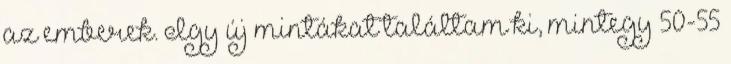
az emberek. Így új mintákat találtam ki, mintegy 50-55